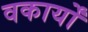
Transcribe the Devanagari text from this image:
वकार्यों